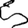
Digit: 5